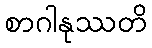
စာဂါနုဿတိ